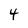
Character: 4